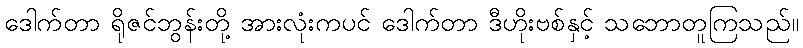
ဒေါက်တာ ရိုဇင်ဘွန်းတို့ အားလုံးကပင် ဒေါက်တာ ဒီဟိုးဗစ်နှင့် သဘောတူကြသည်။